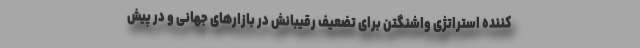
کننده استراتژی واشنگتن برای تضعیف رقیبانش در بازارهای جهانی و در پیش